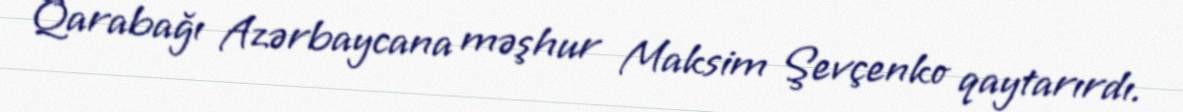
Qarabağı Azərbaycana məşhur Maksim Şevçenko qaytarırdı.